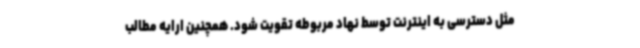
مثل دسترسی به اینترنت توسط نهاد مربوطه تقویت شود. همچنین ارایه مطالب